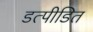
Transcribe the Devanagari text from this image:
डत्पीडित